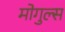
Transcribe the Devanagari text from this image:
मोगुल्स